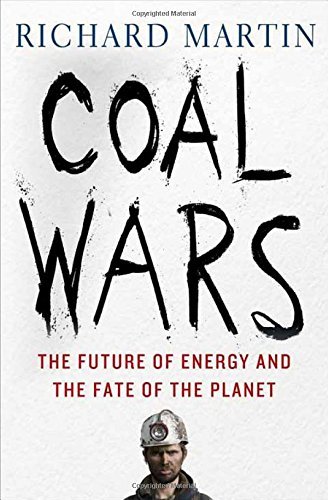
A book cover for Coal Wars: The Future of Energy and the Fate of the Planet; Richard Martin; Business & Money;